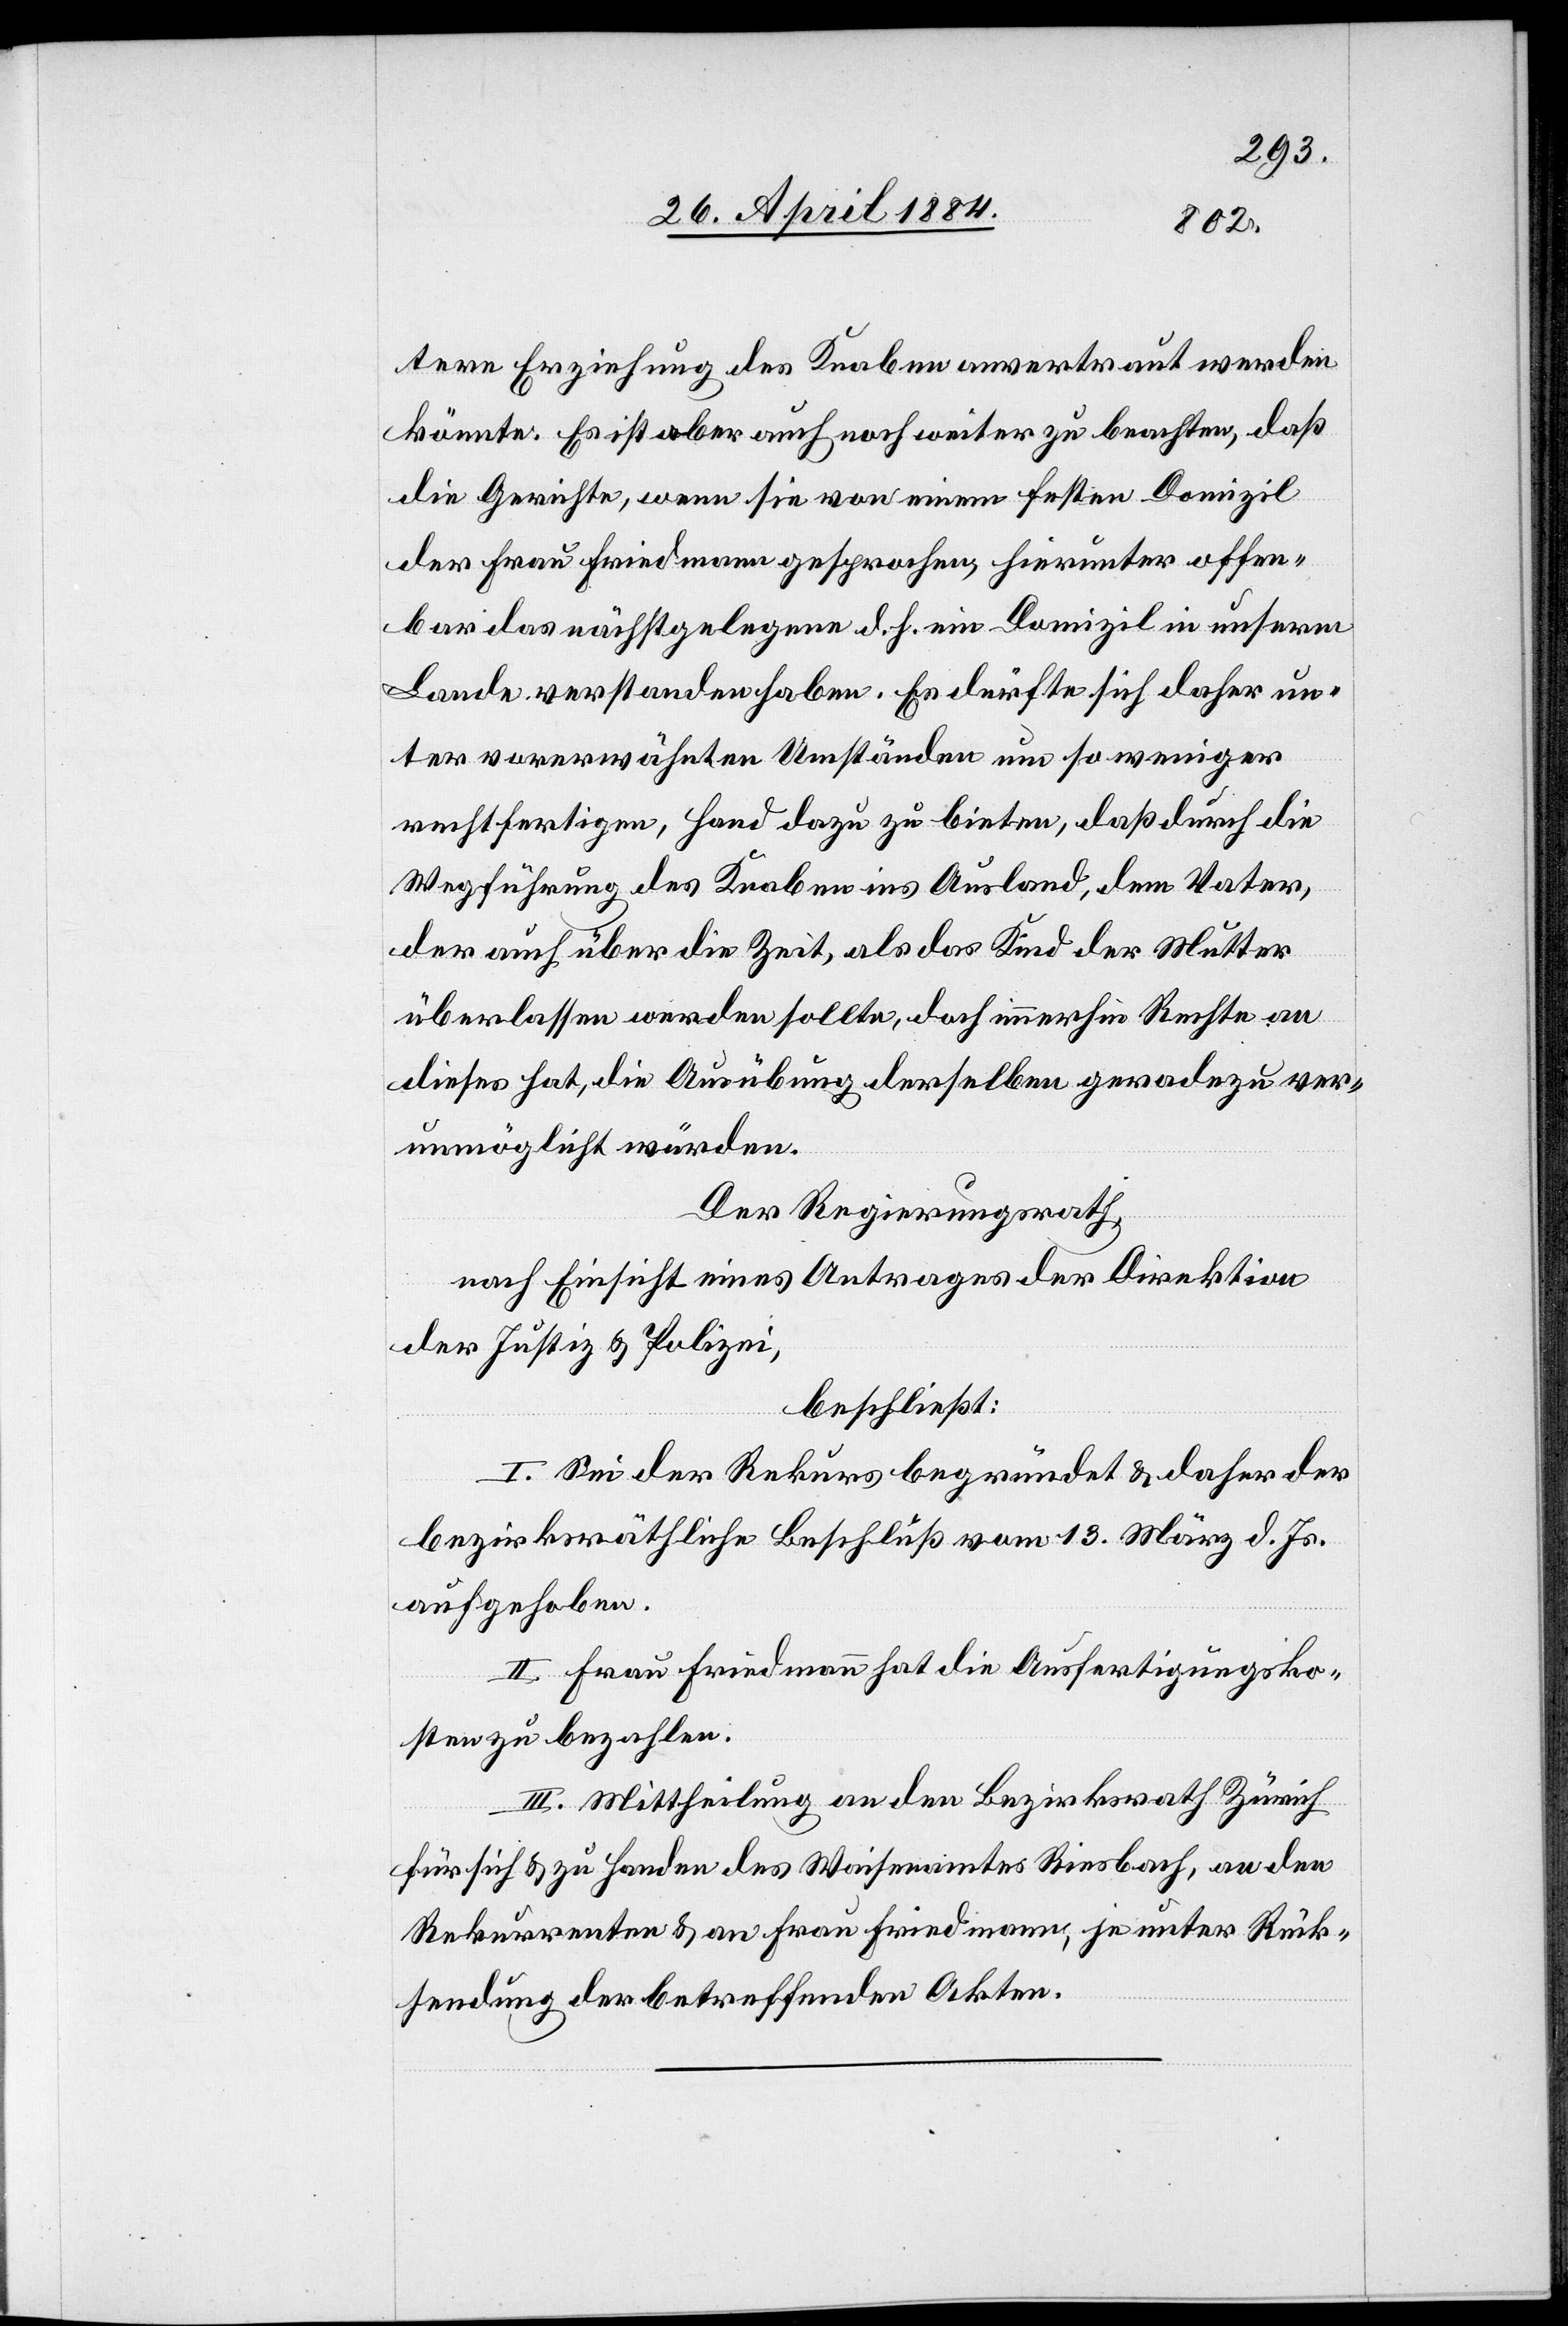
tere Erziehung des Knaben anvertraut werden
könnte. Es ist aber auch noch weiter zu beachten, daß
die Gerichte, wenn sie von einem festen Domizil
der Frau Friedmann gesprochen, hierunter offen¬
bar das nächstgelegene d. h. ein Domizil in unserem
Lande verstanden haben. Es dürfte sich daher un¬
ter vorerwähnten Umständen um so weniger
rechtfertigen, Hand dazu zu bieten, daß durch die
Wegführung des Knaben ins Ausland, dem Vater
der auch über die Zeit, als das Kind der Mutter
überlassen werden sollte, doch immerhin Rechte an
dieses hat, die Ausübung derselben geradezu ver¬
unmöglicht würden.
Der Regierungsrath,
nach Einsicht eines Antrages der Direktion
der Justiz- & Polizei,
beschließt:
I. Sei der Rekurs begründet & daher der
bezirksräthliche Beschluß vom 13. März d. Js.
aufgehoben.
II. Frau Friedmann hat die Ausfertigungsko¬
sten zu bezahlen.
III. Mittheilung an den Bezirksrath Zürich
für sich & zu Handen des Waisenamtes Riesbach, an den
Rekurrenten & an Frau Friedmann, je unter Rück¬
sendung der betreffenden Akten.